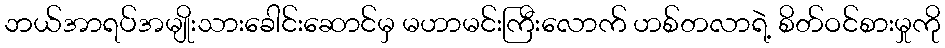
ဘယ်အာရပ်အမျိုးသားခေါင်းဆောင်မှ မဟာမင်းကြီးလောက် ဟစ်တလာရဲ့ စိတ်ဝင်စားမှုကို